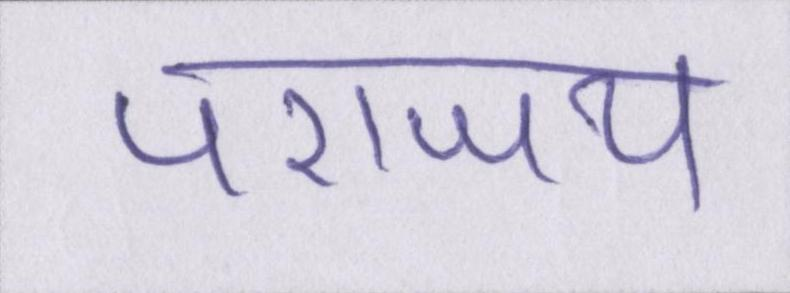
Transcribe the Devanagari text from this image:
पराजय